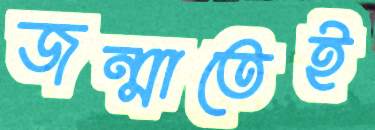
জন্মাতেই